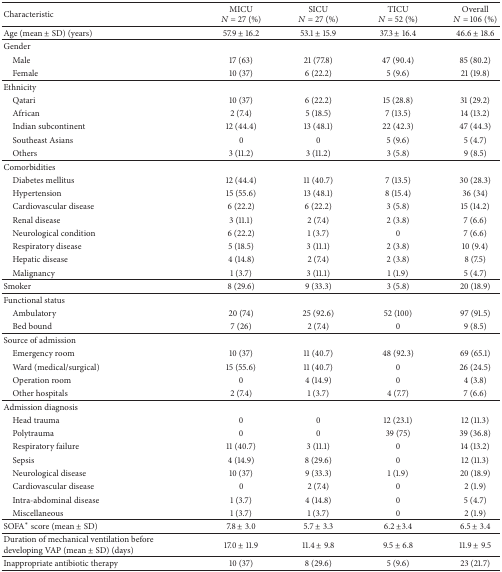
<table><thead><tr><td><b>Characteristic</b></td><td><b>MICU<i>N</i> = 27 (%)</b></td><td><b>SICU<i>N</i> = 27 (%)</b></td><td><b>TICU<i>N</i> = 52 (%)</b></td><td><b>Overall<i>N</i> = 106 (%)</b></td></tr></thead><tbody><tr><td>Age (mean ± SD) (years)</td><td>57.9 ± 16.2</td><td>53.1 ± 15.9</td><td>37.3 ± 16.4</td><td>46.6 ± 18.6 </td></tr><tr><td>Gender </td><td> </td><td> </td><td> </td><td> </td></tr><tr><td> Male</td><td>17 (63)</td><td>21 (77.8)</td><td>47 (90.4)</td><td>85 (80.2)</td></tr><tr><td> Female</td><td>10 (37)</td><td>6 (22.2)</td><td>5 (9.6)</td><td>21 (19.8)</td></tr><tr><td>Ethnicity </td><td> </td><td> </td><td> </td><td> </td></tr><tr><td> Qatari</td><td>10 (37)</td><td>6 (22.2)</td><td>15 (28.8)</td><td>31 (29.2)</td></tr><tr><td> African</td><td>2 (7.4)</td><td>5 (18.5)</td><td>7 (13.5)</td><td>14 (13.2)</td></tr><tr><td> Indian subcontinent</td><td>12 (44.4)</td><td>13 (48.1)</td><td>22 (42.3)</td><td>47 (44.3)</td></tr><tr><td> Southeast Asians</td><td>0</td><td>0</td><td>5 (9.6)</td><td>5 (4.7)</td></tr><tr><td> Others</td><td>3 (11.2)</td><td>3 (11.2)</td><td>3 (5.8)</td><td>9 (8.5)</td></tr><tr><td>Comorbidities </td><td> </td><td> </td><td> </td><td> </td></tr><tr><td> Diabetes mellitus</td><td>12 (44.4)</td><td>11 (40.7)</td><td>7 (13.5)</td><td>30 (28.3)</td></tr><tr><td> Hypertension</td><td>15 (55.6)</td><td>13 (48.1)</td><td>8 (15.4)</td><td>36 (34)</td></tr><tr><td> Cardiovascular disease</td><td>6 (22.2)</td><td>6 (22.2)</td><td>3 (5.8)</td><td>15 (14.2)</td></tr><tr><td> Renal disease</td><td>3 (11.1)</td><td>2 (7.4)</td><td>2 (3.8)</td><td>7 (6.6)</td></tr><tr><td> Neurological condition</td><td>6 (22.2)</td><td>1 (3.7)</td><td>0</td><td>7 (6.6)</td></tr><tr><td> Respiratory disease</td><td>5 (18.5)</td><td>3 (11.1)</td><td>2 (3.8)</td><td>10 (9.4)</td></tr><tr><td> Hepatic disease</td><td>4 (14.8)</td><td>2 (7.4)</td><td>2 (3.8)</td><td>8 (7.5)</td></tr><tr><td> Malignancy</td><td>1 (3.7)</td><td>3 (11.1)</td><td>1 (1.9)</td><td>5 (4.7)</td></tr><tr><td>Smoker</td><td>8 (29.6)</td><td>9 (33.3)</td><td>3 (5.8)</td><td>20 (18.9)</td></tr><tr><td>Functional status </td><td> </td><td> </td><td> </td><td> </td></tr><tr><td> Ambulatory</td><td>20 (74)</td><td>25 (92.6)</td><td>52 (100)</td><td>97 (91.5)</td></tr><tr><td> Bed bound</td><td>7 (26)</td><td>2 (7.4)</td><td>0</td><td>9 (8.5)</td></tr><tr><td>Source of admission </td><td> </td><td> </td><td> </td><td> </td></tr><tr><td> Emergency room</td><td>10 (37)</td><td>11 (40.7)</td><td>48 (92.3)</td><td>69 (65.1)</td></tr><tr><td> Ward (medical/surgical)</td><td>15 (55.6)</td><td>11 (40.7)</td><td>0</td><td>26 (24.5)</td></tr><tr><td> Operation room</td><td>0</td><td>4 (14.9)</td><td>0</td><td>4 (3.8)</td></tr><tr><td> Other hospitals </td><td>2 (7.4)</td><td>1 (3.7)</td><td>4 (7.7)</td><td>7 (6.6)</td></tr><tr><td>Admission diagnosis </td><td> </td><td> </td><td> </td><td> </td></tr><tr><td> Head trauma</td><td>0</td><td>0</td><td>12 (23.1)</td><td>12 (11.3)</td></tr><tr><td> Polytrauma</td><td>0</td><td>0</td><td>39 (75)</td><td>39 (36.8)</td></tr><tr><td> Respiratory failure</td><td>11 (40.7)</td><td>3 (11.1)</td><td>0</td><td>14 (13.2)</td></tr><tr><td> Sepsis</td><td>4 (14.9)</td><td>8 (29.6)</td><td>0</td><td>12 (11.3)</td></tr><tr><td> Neurological disease</td><td>10 (37)</td><td>9 (33.3)</td><td>1 (1.9)</td><td>20 (18.9)</td></tr><tr><td> Cardiovascular disease</td><td>0</td><td>2 (7.4)</td><td>0</td><td>2 (1.9)</td></tr><tr><td> Intra-abdominal disease</td><td>1 (3.7)</td><td>4 (14.8)</td><td>0</td><td>5 (4.7)</td></tr><tr><td> Miscellaneous</td><td>1 (3.7)</td><td>1 (3.7)</td><td>0</td><td>2 (1.9)</td></tr><tr><td>SOFA<sup><i>∗</i></sup> score (mean ± SD)</td><td>7.8 ± 3.0 </td><td>5.7 ± 3.3</td><td>6.2 ±3.4 </td><td>6.5 ± 3.4</td></tr><tr><td>Duration of mechanical ventilation before developing VAP (mean ± SD) (days)</td><td>17.0 ± 11.9</td><td>11.4 ± 9.8</td><td>9.5 ± 6.8</td><td>11.9 ± 9.5</td></tr><tr><td>Inappropriate antibiotic therapy</td><td>10 (37)</td><td>8 (29.6)</td><td>5 (9.6)</td><td>23 (21.7)</td></tr></tbody></table>